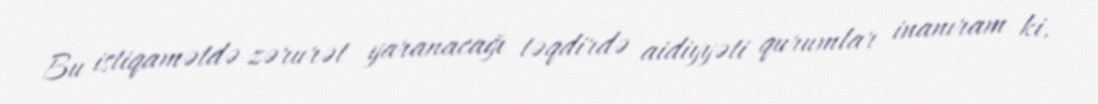
Bu istiqamətdə zərurət yaranacağı təqdirdə aidiyyəti qurumlar inanıram ki,